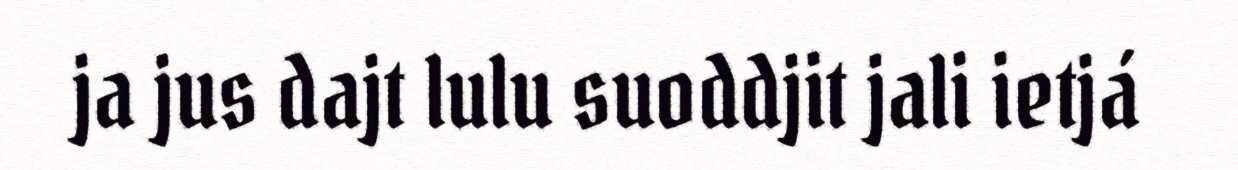
ja jus dajt lulu suoddjit jali ietjá